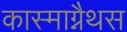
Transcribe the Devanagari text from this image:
कास्माग्नैथस